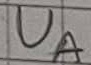
Text: UA